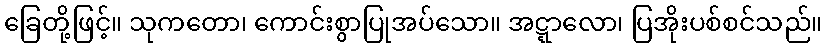
ခြေတို့ဖြင့်။ သုကတော၊ ကောင်းစွာပြုအပ်သော။ အဋ္ဋာလော၊ ပြအိုးပစ်စင်သည်။